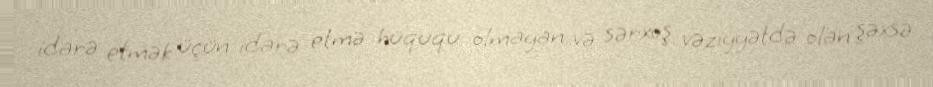
idarə etmək üçün idarə etmə hüququ olmayan və sərxoş vəziyyətdə olan şəxsə